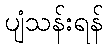
ပျံသန်းရန်